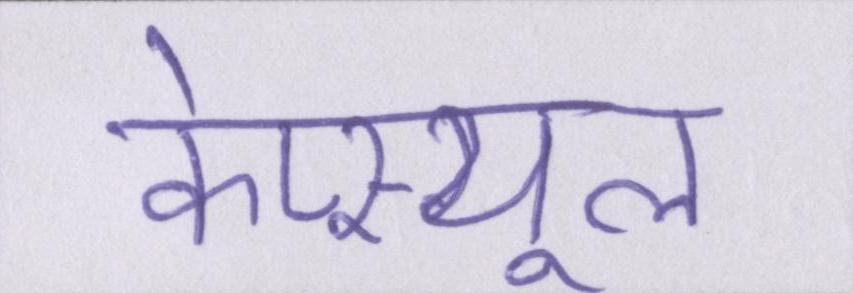
केप्स्यूल